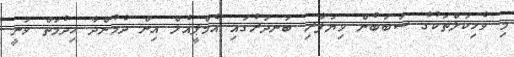
މި ވެހިކަލްތަކުގެ ސަބަބުން ވިޔަފާރި ބަނދަރުގައި އެމްޕީއެލް އިން ދެމުންދާ ހިދުމަތް ވަނީ